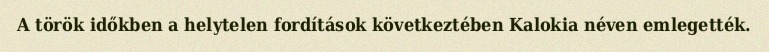
A török időkben a helytelen fordítások következtében Kalokia néven emlegették.